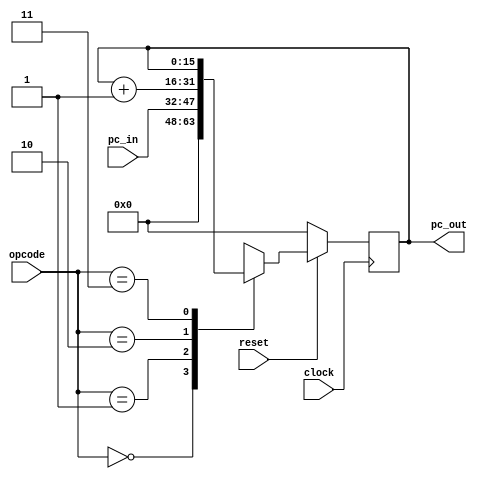


module program_counter( reset, clock, opcode, pc_in, pc_out);

input reset;
input clock;
input[1:0] opcode;
input[15:0] pc_in;
output[15:0] pc_out;

//reg[15:0] pc_out;

// op_code List
`define RESET 		2'd0
`define PRESET	 	2'd1
`define INCR		2'd2
`define HALT		2'd3

reg[15:0] mPc;



always@(posedge clock)
begin
	if(!reset) begin
		mPc <= 16'b0;
	end
	else begin
		case (opcode)
			`RESET: 
				mPc <= 16'b0;
			`PRESET:
				mPc <= pc_in;
			`INCR:
				mPc <= mPc + 16'h0001;
			`HALT:
				mPc <= mPc;
			default: 
				mPc <= 16'h0000;
		endcase
	end

end
assign pc_out = mPc;

endmodule